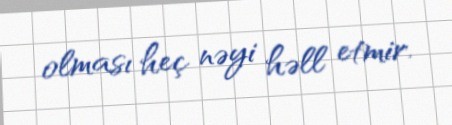
olması heç nəyi həll etmir.